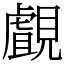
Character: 覰